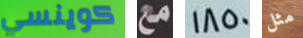
كوينسي مع 1850 مثل